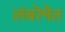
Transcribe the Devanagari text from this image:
लंबरेषेत